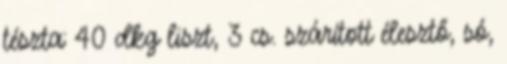
tészta: 40 dkg liszt, 3 cs. szárított élesztő, só,